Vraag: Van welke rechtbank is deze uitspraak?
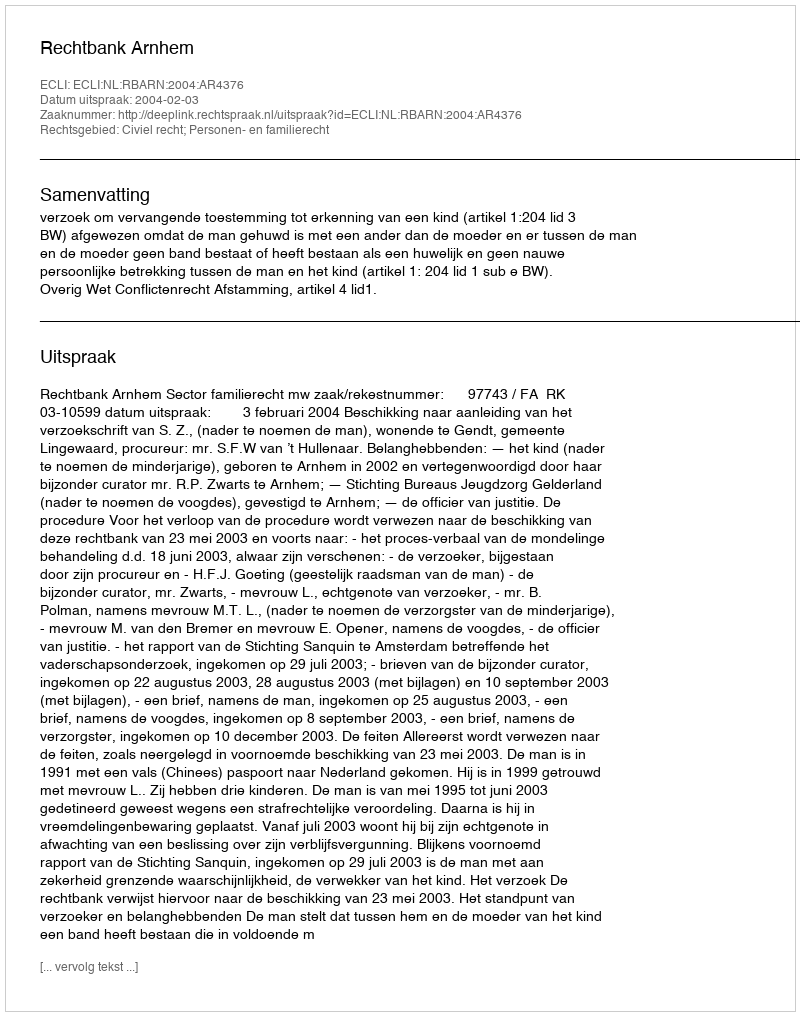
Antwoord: Rechtbank Arnhem